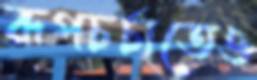
রূপচর্চাতেও